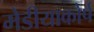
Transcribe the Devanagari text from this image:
मेडीयाकोर्प